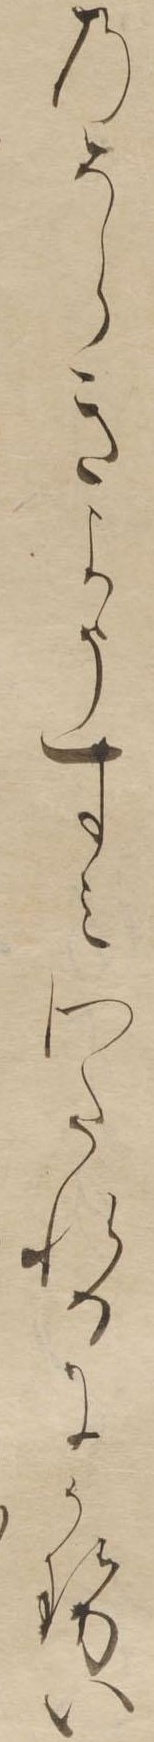
のそらきようすみわたれるにかせい